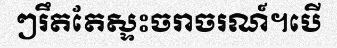
ៗរឹតតែស្ទះចរាចរណ៍។បើ